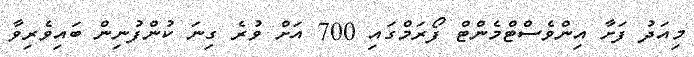
މިއަދު ފަށާ އިންވެސްޓްމެންޓް ފޯރަމްގައި 700 އަށް ވުރެ ގިނަ ކުންފުނިން ބައިވެރިވާ